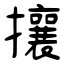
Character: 攘